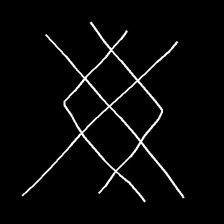
Glyph: crystal